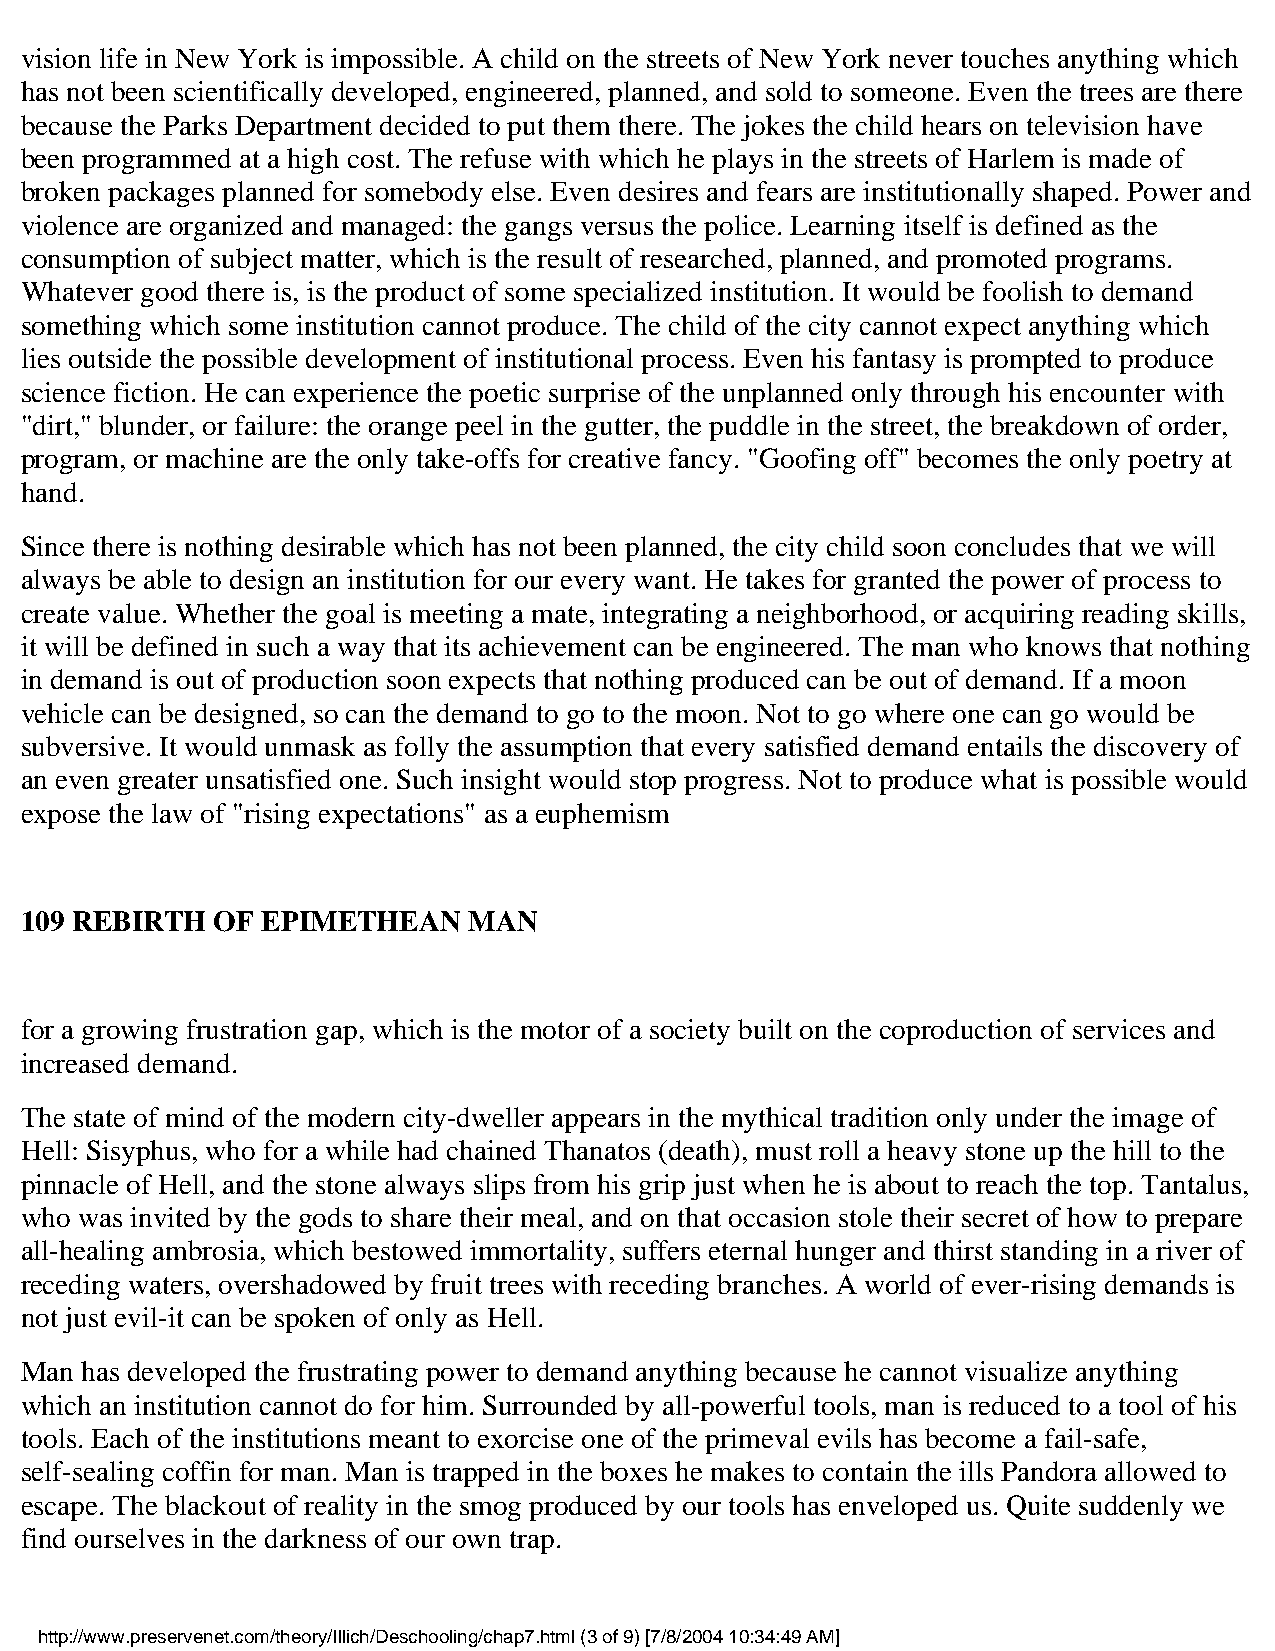
vision life in New York is impossible. A child on the streets of New York never touches anything which
 has not been scientifically developed, engineered, planned, and sold to someone. Even the trees are there
 because the Parks Department decided to put them there. The jokes the child hears on television have
 been programmed at a high cost. The refuse with which he plays in the streets of Harlem is made of
 broken packages planned for somebody else. Even desires and fears are institutionally shaped. Power and
 violence are organized and managed: the gangs versus the police. Learning itself is defined as the
 consumption of subject matter, which is the result of researched, planned, and promoted programs.
 Whatever good there is, is the product of some specialized institution. It would be foolish to demand
 something which some institution cannot produce. The child of the city cannot expect anything which
 lies outside the possible development of institutional process. Even his fantasy is prompted to produce
 science fiction. He can experience the poetic surprise of the unplanned only through his encounter with
 "dirt," blunder, or failure: the orange peel in the gutter, the puddle in the street, the breakdown of order,
 program, or machine are the only take-offs for creative fancy. "Goofing off" becomes the only poetry at
 hand.
 Since there is nothing desirable which has not been planned, the city child soon concludes that we will
 always be able to design an institution for our every want. He takes for granted the power of process to
 create value. Whether the goal is meeting a mate, integrating a neighborhood, or acquiring reading skills,
 it will be defined in such a way that its achievement can be engineered. The man who knows that nothing
 in demand is out of production soon expects that nothing produced can be out of demand. If a moon
 vehicle can be designed, so can the demand to go to the moon. Not to go where one can go would be
 subversive. It would unmask as folly the assumption that every satisfied demand entails the discovery of
 an even greater unsatisfied one. Such insight would stop progress. Not to produce what is possible would
 expose the law of "rising expectations" as a euphemism
 109 REBIRTH  OF EPIMETHEAN    MAN
 for a growing frustration gap, which is the motor of a society built on the coproduction of services and
 increased demand.
 The state of mind of the modern city-dweller appears in the mythical tradition only under the image of
 Hell: Sisyphus, who for a while had chained Thanatos (death), must roll a heavy stone up the hill to the
 pinnacle of Hell, and the stone always slips from his grip just when he is about to reach the top. Tantalus,
 who was invited by the gods to share their meal, and on that occasion stole their secret of how to prepare
 all-healing ambrosia, which bestowed immortality, suffers eternal hunger and thirst standing in a river of
 receding waters, overshadowed by fruit trees with receding branches. A world of ever-rising demands is
 not just evil-it can be spoken of only as Hell.
 Man has developed the frustrating power to demand anything because he cannot visualize anything
 which an institution cannot do for him. Surrounded by all-powerful tools, man is reduced to a tool of his
 tools. Each of the institutions meant to exorcise one of the primeval evils has become a fail-safe,
 self-sealing coffin for man. Man is trapped in the boxes he makes to contain the ills Pandora allowed to
 escape. The blackout of reality in the smog produced by our tools has enveloped us. Quite suddenly we
 find ourselves in the darkness of our own trap.
 http://www.preservenet.com/theory/Illich/Deschooling/chap7.html (3 of 9) [7/8/2004 10:34:49 AM]